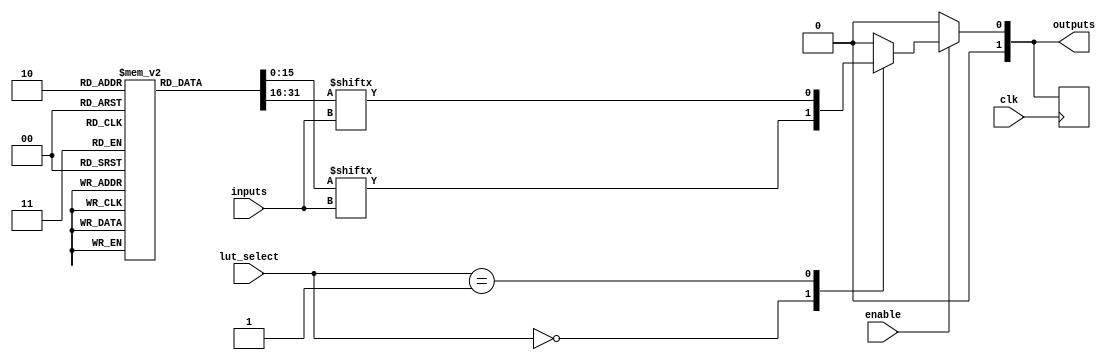
module CLB (
    input wire clk,                     // Clock signal for flip-flops
    input wire enable,                  // Enable signal for the CLB
    input wire [N-1:0] inputs,         // Input logic signals (N inputs)
    input wire [M-1:0] lut_select,     // Select signals for LUT outputs
    output reg [P-1:0] outputs         // Output logic signals (P outputs)
);

parameter N = 4;                      // Number of inputs
parameter M = 2;                      // Number of LUTs
parameter P = 2;                      // Number of outputs

// Declare LUTs (each LUT can be configured with a truth table)
reg [2**N-1:0] lut [0:M-1];           // LUTs for M functions

// Intermediate signals to hold LUT outputs
wire [M-1:0] lut_outputs;

// Assign LUT outputs based on inputs
genvar i;
generate
    for (i = 0; i < M; i = i + 1) begin : lut_logic
        assign lut_outputs[i] = lut[i][inputs]; // Mapping inputs to LUT
    end
endgenerate

// Multiplexer to select outputs from LUTs based on lut_select
always @(*) begin
    if (enable) begin
        case (lut_select)
            2'b00: outputs = lut_outputs[0];
            2'b01: outputs = lut_outputs[1];
            // Add more cases if more LUTs and outputs are present
            default: outputs = 0; // Default case to avoid latches
        endcase
    end else begin
        outputs = 0; // Disable outputs if not enabled
    end
end

// Optional Flip-Flop functionality
reg [P-1:0] internal_ff; // Flip-flop for storing outputs

// Flip-Flop implementation
always @(posedge clk) begin
    if (enable) begin
        internal_ff <= outputs; // Store outputs in flip-flops
    end
end

// Assign final outputs
assign outputs = internal_ff;

endmodule